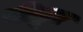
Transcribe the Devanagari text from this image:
नीडूर